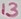
Text: 13